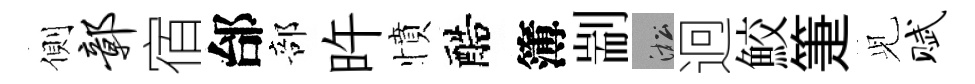
側鄣宿邰部旿憤醅簿剬淞迥鮫箑𫤗赋